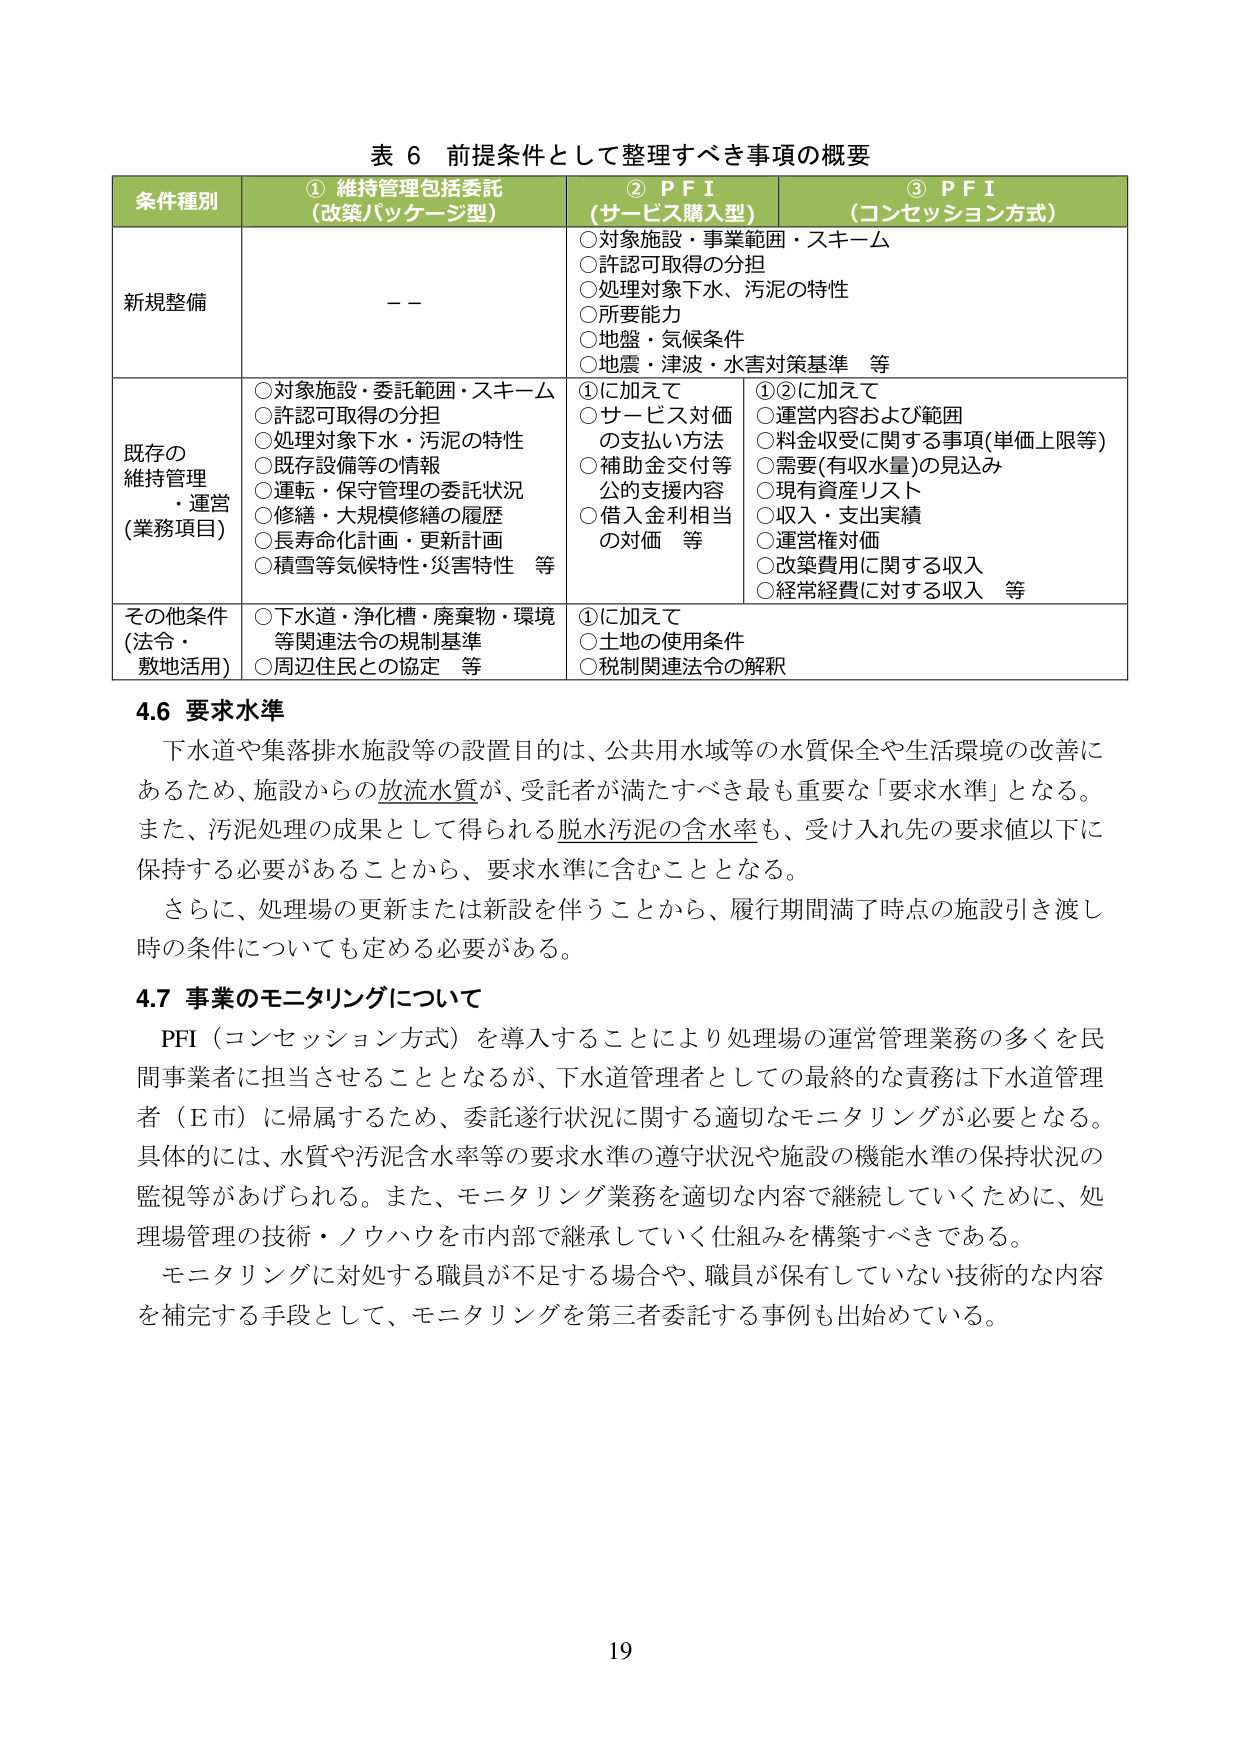
表 6 前提条件として整理すべき事項の概要

条件種別 ① 維持管理包括委託 （改築パッケージ型） ② PFI （サービス購入型） ③ PFI （コンセッション方式）

新規整備 －－ ○対象施設・事業範囲・スキーム ○許認可取得の分担 ○処理対象下水、汚泥の特性 ○所要能力 ○地盤・気候条件 ○地震・津波・水害対策基準 等

既存の 維持管理 ・運営 （業務項目） ○対象施設・委託範囲・スキーム ○許認可取得の分担 ○処理対象下水・汚泥の特性 ○既存設備等の情報 ○運転・保守管理の委託状況 ○修繕・大規模修繕の履歴 ○長寿命化計画・更新計画 ○積雪等気候特性・災害特性 等 ①に加えて ○サービス対価 の支払い方法 ○補助金交付等 公的支援内容 ○借入金利相当 の対価 等 ①②に加えて ○運営内容および範囲 ○料金収受に関する事項(単価上限等) ○需要(有収水量)の見込み ○現有資産リスト ○収入・支出実績 ○運営権対価 ○改築費用に関する収入 ○経常経費に対する収入 等

その他条件 (法令・ 敷地活用) ○下水道・浄化槽・廃棄物・環境 等関連法令の規制基準 ○周辺住民との協定 等 ①に加えて ○土地の使用条件 ○税制関連法令の解釈

4.6 要求水準
下水道や集落排水施設等の設置目的は、公共用水域等の水質保全や生活環境の改善にあるため、施設からの放流水質が、受託者が満たすべき最も重要な「要求水準」となる。また、汚泥処理の成果として得られる脱水汚泥の含水率も、受け入れ先の要求値以下に保持する必要があることから、要求水準に含むこととなる。
さらに、処理場の更新または新設を伴うことから、履行期間満了時点の施設引き渡し時の条件についても定める必要がある。

4.7 事業のモニタリングについて
PFI（コンセッション方式）を導入することにより処理場の運営管理業務の多くを民間事業者に担当させることとなるが、下水道管理者としての最終的な責務は下水道管理者（E市）に帰属するため、委託遂行状況に関する適切なモニタリングが必要となる。具体的には、水質や汚泥含水率等の要求水準の遵守状況や施設の機能水準の保持状況の監視等があげられる。また、モニタリング業務を適切な内容で継続していくために、処理場管理の技術・ノウハウを市内部で継承していく仕組みを構築すべきである。
モニタリングに対処する職員が不足する場合や、職員が保有していない技術的な内容を補完する手段として、モニタリングを第三者委託する事例も出始めている。

19